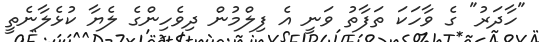
"ހާދަރު" ގެ ވާހަކަ ތަފާތު ވަނީ އެ ފިލްމުން ދިވެހިންގެ ލެޔާ ކުޅެލާނެތީ